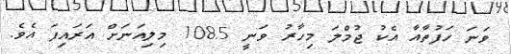
ވަނަ ހަފުތާއާ އެކު ޖުމްލަ މިހާރު ވަނީ 108.5 މިލިއަނަށް އަރައިފަ އެވެ.